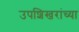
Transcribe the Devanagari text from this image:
उपशिखरांच्या